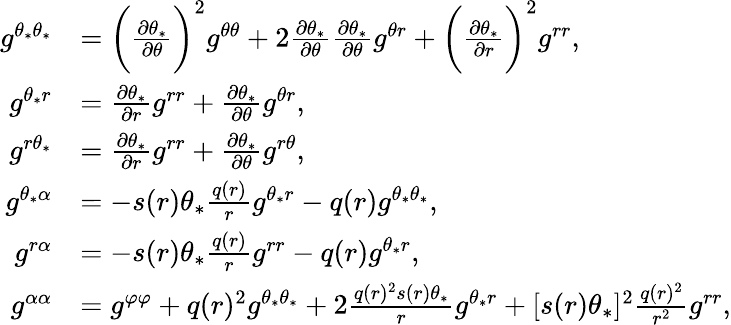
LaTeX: \begin{array}{rl}{g^{\theta_{*}\theta_{*}}}&{=\bigg(\frac{\partial\theta_{*}}{\partial\theta}\bigg)^{2}g^{\theta\theta}+2\frac{\partial\theta_{*}}{\partial\theta}\frac{\partial\theta_{*}}{\partial\theta}g^{\theta r}+\bigg(\frac{\partial\theta_{*}}{\partial r}\bigg)^{2}g^{rr},}\\ {g^{\theta_{*}r}}&{=\frac{\partial\theta_{*}}{\partial r}g^{rr}+\frac{\partial\theta_{*}}{\partial\theta}g^{\theta r},}\\ {g^{r\theta_{*}}}&{=\frac{\partial\theta_{*}}{\partial r}g^{rr}+\frac{\partial\theta_{*}}{\partial\theta}g^{r\theta},}\\ {g^{\theta_{*}\alpha}}&{=-s(r)\theta_{*}\frac{q(r)}{r}g^{\theta_{*}r}-q(r)g^{\theta_{*}\theta_{*}},}\\ {g^{r\alpha}}&{=-s(r)\theta_{*}\frac{q(r)}{r}g^{rr}-q(r)g^{\theta_{*}r},}\\ {g^{\alpha\alpha}}&{=g^{\varphi\varphi}+q(r)^{2}g^{\theta_{*}\theta_{*}}+2\frac{q(r)^{2}s(r)\theta_{*}}{r}g^{\theta_{*}r}+[s(r)\theta_{*}]^{2}\frac{q(r)^{2}}{r^{2}}g^{rr},}\end{array}